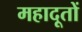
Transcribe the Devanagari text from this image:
महादूतों